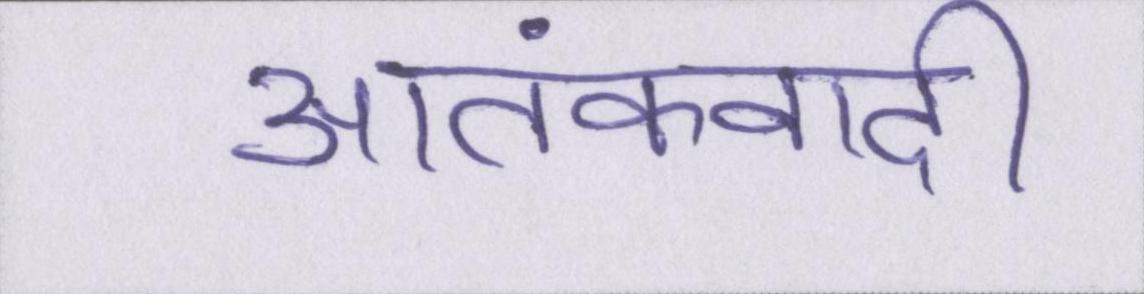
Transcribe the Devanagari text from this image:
आतंकवादी